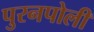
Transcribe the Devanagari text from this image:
पुरनपोली